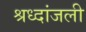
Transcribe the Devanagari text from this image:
श्रध्दांजली